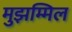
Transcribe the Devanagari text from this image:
मुझम्मिल